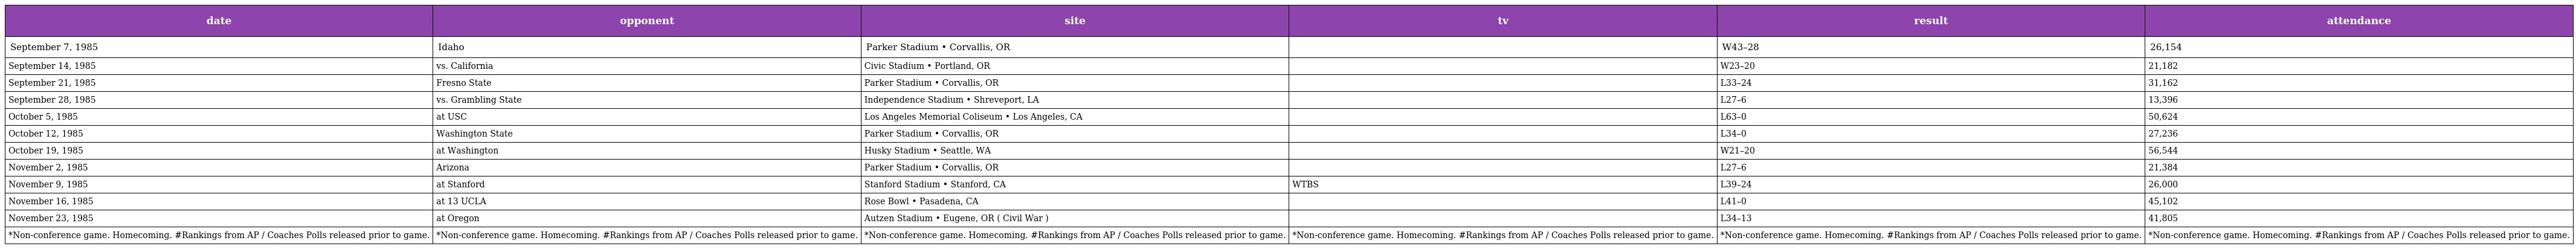
| date | opponent | site | tv | result | attendance |
 | --- | --- | --- | --- | --- | --- |
 | September 7, 1985 | Idaho | Parker Stadium • Corvallis, OR |  | W43–28 | 26,154 |
 | September 14, 1985 | vs. California | Civic Stadium • Portland, OR |  | W23–20 | 21,182 |
 | September 21, 1985 | Fresno State | Parker Stadium • Corvallis, OR |  | L33–24 | 31,162 |
 | September 28, 1985 | vs. Grambling State | Independence Stadium • Shreveport, LA |  | L27–6 | 13,396 |
 | October 5, 1985 | at USC | Los Angeles Memorial Coliseum • Los Angeles, CA |  | L63–0 | 50,624 |
 | October 12, 1985 | Washington State | Parker Stadium • Corvallis, OR |  | L34–0 | 27,236 |
 | October 19, 1985 | at Washington | Husky Stadium • Seattle, WA |  | W21–20 | 56,544 |
 | November 2, 1985 | Arizona | Parker Stadium • Corvallis, OR |  | L27–6 | 21,384 |
 | November 9, 1985 | at Stanford | Stanford Stadium • Stanford, CA | WTBS | L39–24 | 26,000 |
 | November 16, 1985 | at 13 UCLA | Rose Bowl • Pasadena, CA |  | L41–0 | 45,102 |
 | November 23, 1985 | at Oregon | Autzen Stadium • Eugene, OR ( Civil War ) |  | L34–13 | 41,805 |
 | *Non-conference game. Homecoming. #Rankings from AP / Coaches Polls released prior to game. | *Non-conference game. Homecoming. #Rankings from AP / Coaches Polls released prior to game. | *Non-conference game. Homecoming. #Rankings from AP / Coaches Polls released prior to game. | *Non-conference game. Homecoming. #Rankings from AP / Coaches Polls released prior to game. | *Non-conference game. Homecoming. #Rankings from AP / Coaches Polls released prior to game. | *Non-conference game. Homecoming. #Rankings from AP / Coaches Polls released prior to game. |